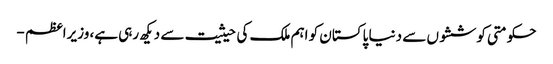
حکومتی کوششوں سے دنیا پاکستان کو اہم ملک کی حیثیت سے دیکھ رہی ہے، وزیراعظم -